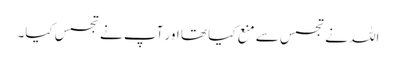
اللہ نے تجسس سے منع کیا تھا اور آپ نے تجسس کیا۔